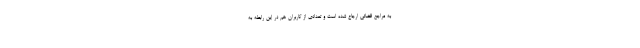
به مراجع قضائی ارجاع شده است و تعدادی از کاربران هم در این رابطه به